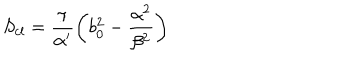
S _ { c l } = \frac { \pi } { \alpha ^ { \prime } } \left( b _ { 0 } ^ { 2 } - \frac { \alpha ^ { 2 } } { \beta ^ { 2 } } \right)